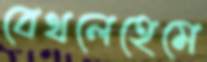
বেথলেহেমে